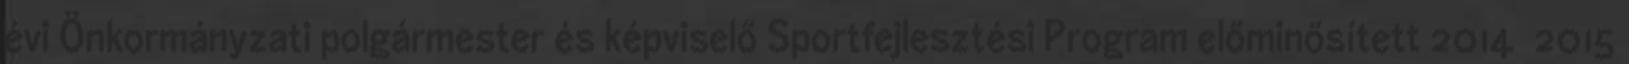
évi Önkormányzati polgármester és képviselő Sportfejlesztési Program előminősített 2014 2015